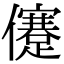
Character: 𠐻